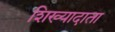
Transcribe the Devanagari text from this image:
शिख्यादाता